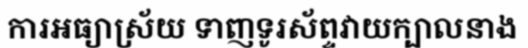
ការអធ្យាស្រ័យ ទាញទូរស័ព្ទវាយក្បាលនាង